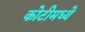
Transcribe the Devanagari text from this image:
कोटीमध्ये